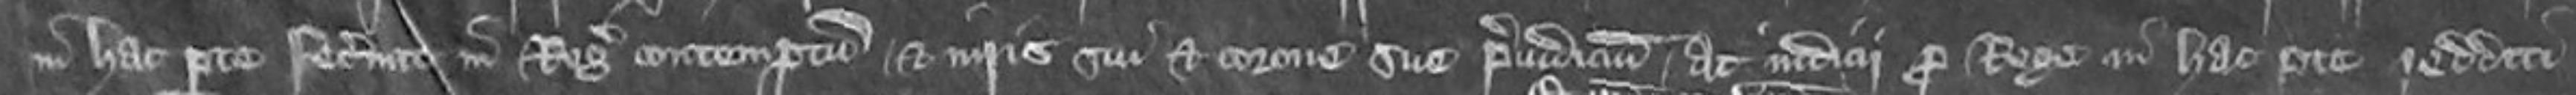
in hac parte fecerunt in Regis contemptum et iuris sui et corone sue preiudicium ac iudicii pro Rege in hac parte redditi